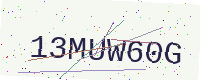
Text: 13MUW60G